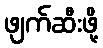
ဖျက်ဆီးဖို့